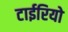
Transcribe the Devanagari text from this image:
टाईरियो